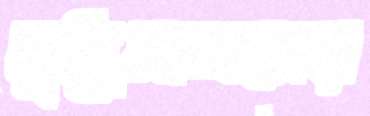
বুদ্ধিমানদের